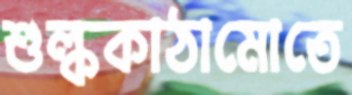
শুল্ককাঠামোতে